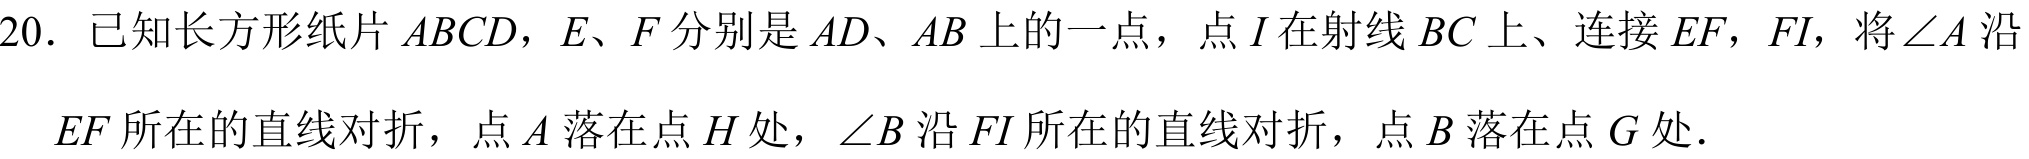
20. 已知长方形纸片 \(ABCD\)，\(E、F\) 分别是 \(AD、AB\) 上的一点，点 \(I\) 在射线 \(BC\) 上、连接 \(EF\)，\(FI\)，将 \(\angle A\) 沿 \(EF\) 所在的直线对折，点 \(A\) 落在点 \(H\) 处，\(\angle B\) 沿 \(FI\) 所在的直线对折，点 \(B\) 落在点 \(G\) 处．